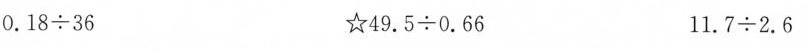
$$1 8 ÷ 3 6 $$$$☆ 4 9 . 5 ÷ 0 . 6 6 $$$$1 1 . 7 ÷ 2 . 6$$